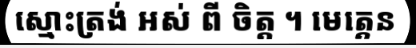
ស្មោះត្រង់ អស់ ពី ចិត្ត ។ មេត្តេន